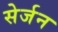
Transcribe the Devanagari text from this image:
सेर्जन